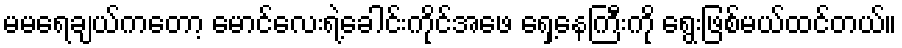
မမရေချယ်ကတော့ မောင်လေးရဲ့ခေါင်းကိုင်အဖေ ရှေ့နေကြီးကို ရွေးဖြစ်မယ်ထင်တယ်။